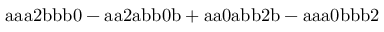
\mathrm { a a a 2 b b b 0 - a a 2 a b b 0 b + a a 0 a b b 2 b - a a a 0 b b b 2 }